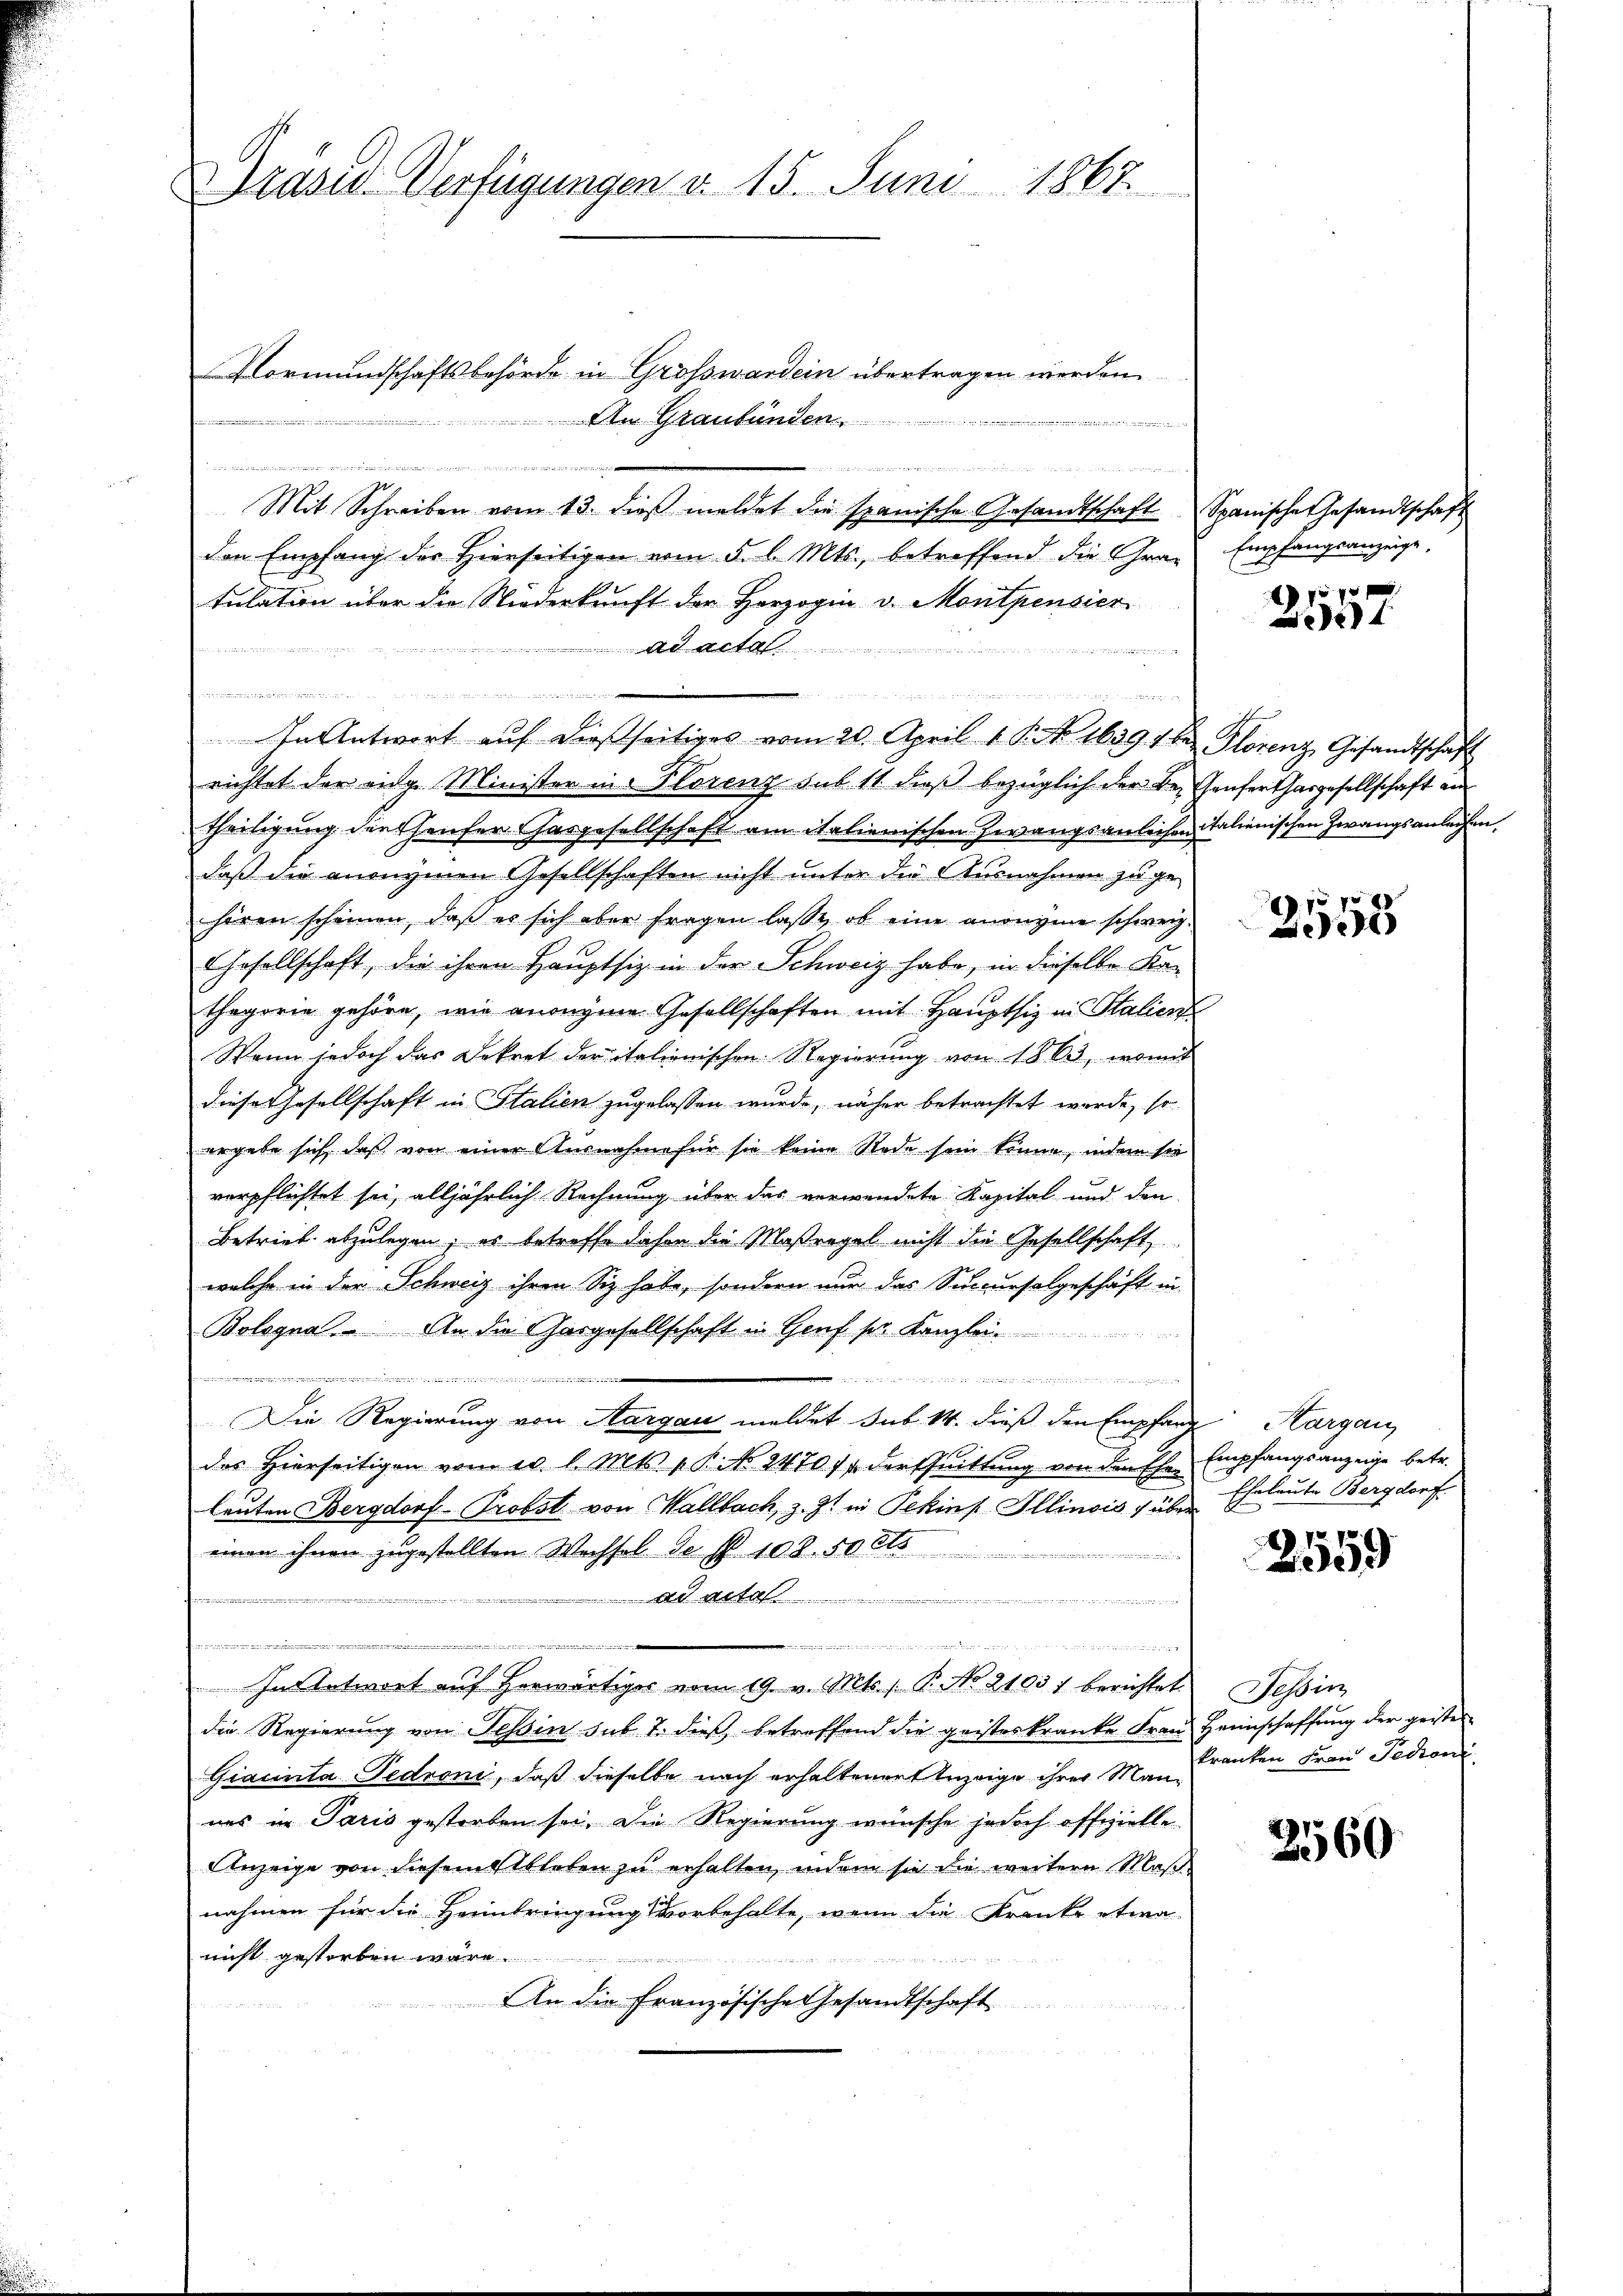
Präsid. Verfügungen d. 15. Juni 1867

Vormundschaftsbehörde in Grösswardein übertragen werden
An Graubünden . . . . . . . . .
x
ni der geste
agung an die
Mit Schreiben vom 13. dieβ meldet die spanische Gesandtschaft Spanische Gesandtschaft
den Empfang der hierseitigen vom 5. l. Mts., betreffend die Gra- Empfangsanzeige.
tulation über die Niederkunft der Herzogin v. Montpensier
 ....
.
h den
In Antwort aŭf dießseitiges vom 20. April 1. P. No. 16394 des Florenz Gesandtschaft
richtet der eidg. Minister in Florenz sub 11 dieß bezüglich der Be- Genferthargesellschaft an
theiligung der Hauser Gasgesellschaft am italienischen Zwangsanleihen italienischen Zwangsanleihen
daß die unangenen Gesellschaften nicht unter die Ausnahmen zu ge-
hören scheinen, daß er sich aber fragen lasse, ob eine anonyme schweiz.
Chasellschaft, die ihren Hauptsiz in der Schweiz habe, in dieselbe Kathegorie gehöre, wie anonyme Gesellschaften mit Hauptsiz in Stalien
Wann jedoch das Dekret der italienischen Regierung von 1863, womit
Dieses Gesellschaft in Italien zugelassen wurde, näher betrachtet werde, so
ergebe sich, daß von einer Ausnahme für sie keine Rode sein könne, indem sie
verpflichtet sei, alljährlich Rechnung über das verwendete Kapital und den
Betrieb abzulegen; es betreffe daher die Maßregel nicht die Gesellschaft
welche in der Schweiz ihren Siz habe, sondern nur das Succursalgeschäft in
Bologna. An die Gasgesellschaft in Genf sie Kanzlei-

i

Die Regierung von Aargau meldet sub. 14. dieß den Empfarre Aargau,
des hierseitigen vom 10. l. Mts. v. P. No. 2470 f. der Quittŭng von den Ehe Empfangsanzeige betr.
leuten Bergdorf- Probst von Wallbach, z. Zt. in Tekinf Illinois über
einen ihnen zugestellten Wechsel de § 108. 50 Cts
ad mite
inn die
.
nii in wesen und wissen wie in der Situantinuito,
In Antwort auf herwärtiger vom 19. v. Mts., P. No 21037 berichtet
die Regierung von Tessin sub. 7. dieß betreffend die geisteskranke Frau Heimschaffung der geistes
Giacinta-Pedroni, daß dieselbe nach erhaltener Anzeige ihrer Man Kranken Frau Tedion
ues in Paris gestorben sei. Die Regierung wünsche jedoch offizielle
Anzeige von diesem Ableben zu erhalten, indem sie die weitere Maßnahmen für die Heimbringung vorbehalte, wenn die Kranke etwa
nicht gestorben wäre
An die Französische Gesandtschaft

f 0 x
f

2558

Eheleute Bergdorf

2559

Tessin

2560